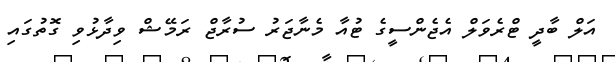
އަލް ބާދީ ޓްރެވަލް އެޖެންސީގެ ޓުއާ މެނާޖަރު ސުރާޖް ރަމޭޝް ވިދާޅުވި ގޮތުގައި